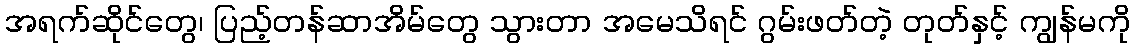
အရက်ဆိုင်တွေ၊ ပြည့်တန်ဆာအိမ်တွေ သွားတာ အမေသိရင် ဂွမ်းဖတ်တဲ့ တုတ်နှင့် ကျွန်မကို